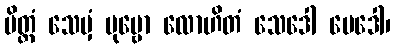
ပိတ္တံ သေမှံ ပုဗ္ဗော လောဟိတံ သေဒေါ မေဒေါ၊